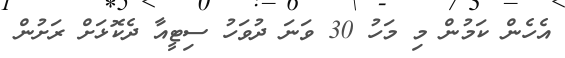
އެހެން ކަމުން މި މަހު 30 ވަނަ ދުވަހު ސިޓީއާ ދެކޮޅަށް ރަށުން